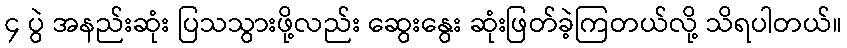
၄ ပွဲ အနည်းဆုံး ပြသသွားဖို့လည်း ဆွေးနွေး ဆုံးဖြတ်ခဲ့ကြတယ်လို့ သိရပါတယ်။